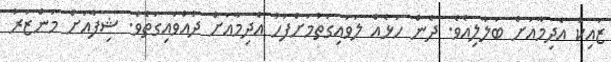
ޒައިކު އެދިމާއަށް ބަލާލިއެވެ. ދެން ހަޅެއް ލަވައިގަތުމަށްފަހު އެދިމާއަށް ދުއްވައިގަތެވެ. ޝިފާއަށް މަންޒަރު